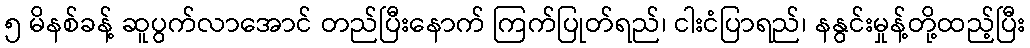
၅ မိနစ်ခန့် ဆူပွက်လာအောင် တည်ပြီးနောက် ကြက်ပြုတ်ရည်၊ ငါးငံပြာရည်၊ နနွင်းမှုန့်တို့ထည့်ပြီး